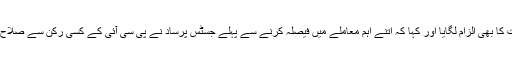
ان تنظیموں نے پی سی آئی پر حکومت کی حمایت کا بھی الزام لگایا اور کہا کہ اتنے اہم معاملے میں فیصلہ کرنے سے پہلے جسٹس پرساد نے پی سی آئی کے کسی رکن سے صلاح و مشورہ کرنے کی ضرورت بھی نہیں سمجھی۔